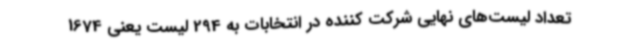
تعداد لیست‌های نهایی شرکت کننده در انتخابات به 294 لیست یعنی 1674